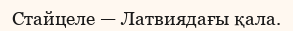
Стайцеле — Латвиядағы қала.